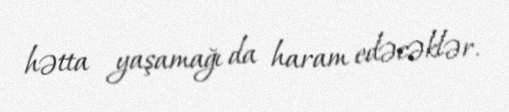
hətta yaşamağı da haram edəcəklər.